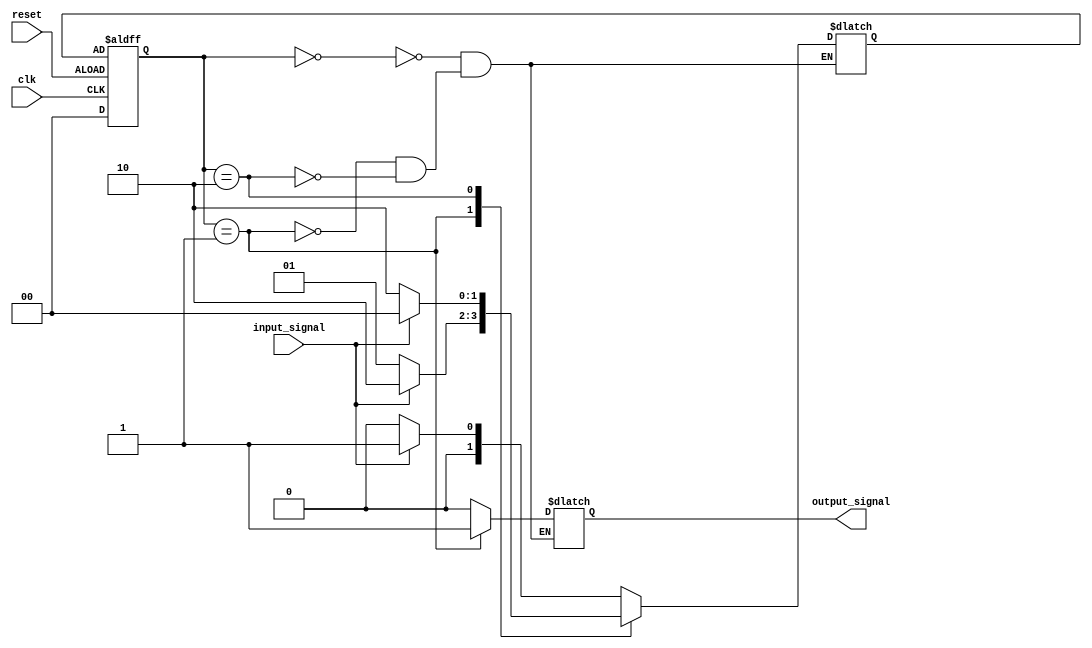
module fsm (
    input wire clk,
    input wire reset,
    input wire input_signal,
    output reg output_signal
);
    
    // State encoding
    parameter S0 = 0;
    parameter S1 = 1;
    parameter S2 = 2;
    
    // State variables
    reg [1:0] state, next_state;
    
    // State transition logic
    always @(posedge clk or negedge reset) begin
        if (reset) begin
            state <= S0;
        end else begin
            state <= next_state;
        end
    end
    
    // Next state logic
    always @* begin
        case (state)
            S0: begin
                if (input_signal) begin
                    next_state = S1;
                end else begin
                    next_state = S0;
                end
            end
            S1: begin
                if (input_signal) begin
                    next_state = S2;
                end else begin
                    next_state = S1;
                end
            end
            S2: begin
                if (input_signal) begin
                    next_state = S0;
                end else begin
                    next_state = S2;
                end
            end
        endcase
    end
    
    // Output signal generation
    always @* begin
        case (state)
            S0: begin
                output_signal = 1'b0;
            end
            S1: begin
                output_signal = 1'b1;
            end
            S2: begin
                output_signal = 1'b0;
            end
        endcase
    end

endmodule